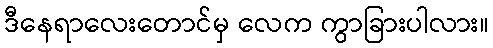
ဒီနေရာလေးတောင်မှ လေက ကွာခြားပါလား။